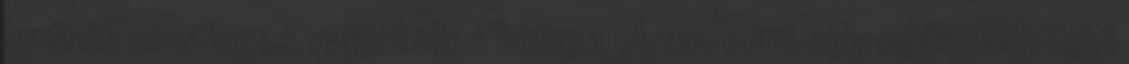
szűrés esetleges vagy teljes hiánya olyan, mint egy egészségügyi